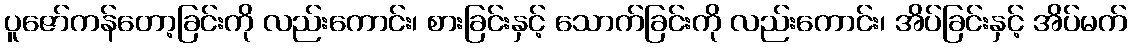
ပူဇော်ကန်တော့ခြင်းကို လည်းကောင်း၊ စားခြင်းနှင့် သောက်ခြင်းကို လည်းကောင်း၊ အိပ်ခြင်းနှင့် အိပ်မက်